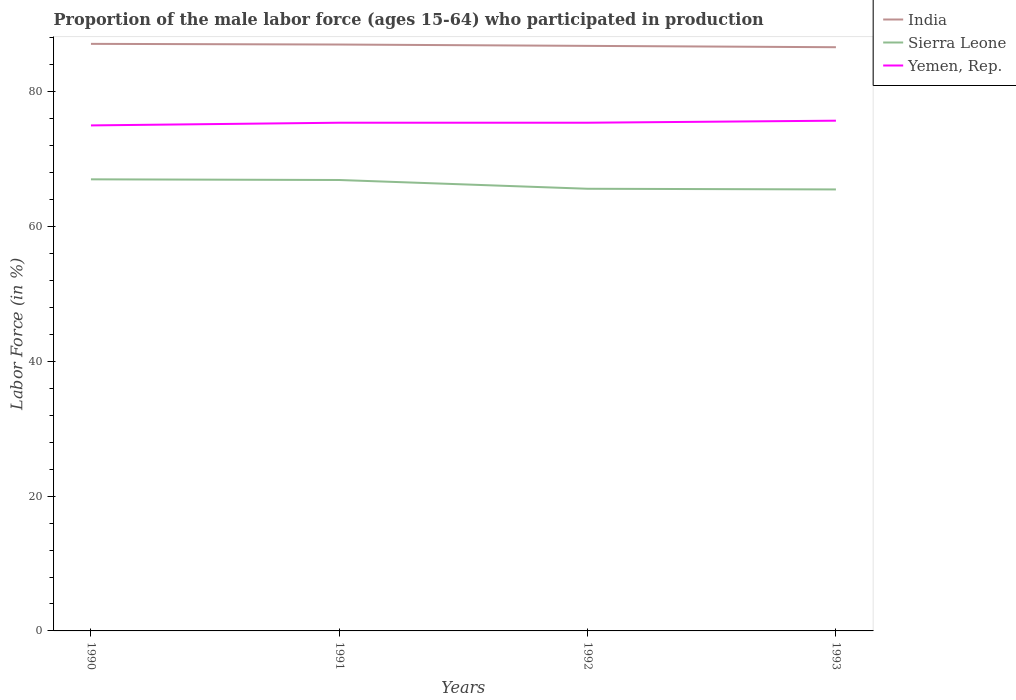
| Years | India | Sierra Leone | Yemen, Rep. |
 | --- | --- | --- | --- |
 | 1990 | 87.1 | 67 | 75 |
 | 1991 | 87 | 66.9 | 75.4 |
 | 1992 | 86.8 | 65.6 | 75.4 |
 | 1993 | 86.6 | 65.5 | 75.7 |